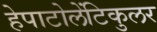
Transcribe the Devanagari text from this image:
हेपाटोलेंटिकुलर